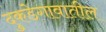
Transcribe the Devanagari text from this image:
दुकडेगावातील